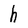
Character: h